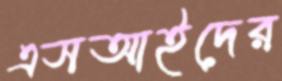
এসআইদের